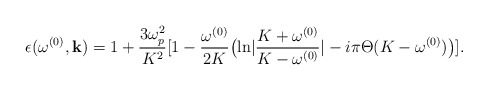
\begin{align*}\epsilon(\omega^{(0)}, {\bf k})=1+{3\omega_p^2\over K^2} [1-{\omega^{(0)}\over 2K}\bigl({\ln}|{K+\omega^{(0)}\over K-\omega^{(0)}}|-i\pi\Theta(K-\omega^{(0)}) \bigr) ].\end{align*}